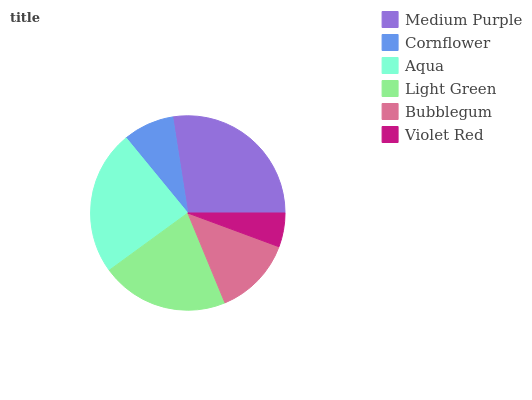
| Medium Purple | Cornflower | Aqua | Light Green | Bubblegum | Violet Red |
 | --- | --- | --- | --- | --- | --- |
 | 27.5% | 8.47% | 24% | 21.2% | 13.1% | 5.64% |